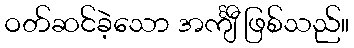
ဝတ်ဆင်ခဲ့သော အင်္ကျီ ဖြစ်သည်။